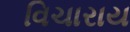
વિચારાય